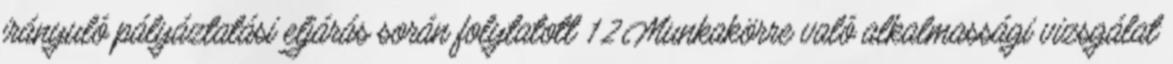
irányuló pályáztatási eljárás során folytatott 1.2.Munkakörre való alkalmassági vizsgálat